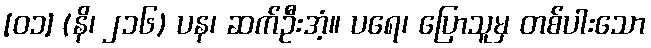
[၀၁] (နိ၊ ၂၁၆) ပန၊ ဆက်ဦးအံ့။ ပရေ၊ ပြောသူမှ တစ်ပါးသော